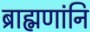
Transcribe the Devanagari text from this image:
ब्राह्मणांनि